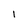
Character: i